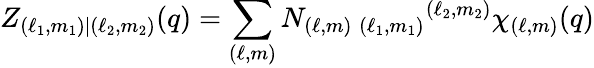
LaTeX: Z_{(\ell_{1},m_{1})|(\ell_{2},m_{2})}(q)=\sum_{(\ell,m)}N_{(\ell,m)\; (\ell_{1},m_{1})}{}^{(\ell_{2},m_{2})}\chi_{(\ell,m)}(q)